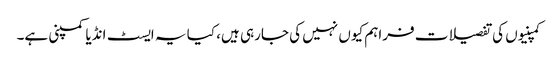
کمپنیوں کی تفصیلات فراہم کیوں نہیں کی جارہی ہیں، کیا یہ ایسٹ انڈیا کمپنی ہے۔